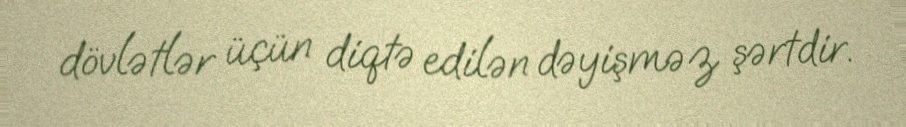
dövlətlər üçün diqtə edilən dəyişməz şərtdir.